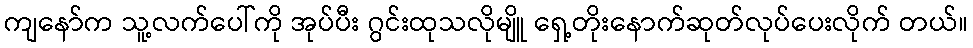
ကျနော်က သူ့လက်ပေါ်ကို အုပ်ပီး ဂွင်းထုသလိုမျိူ ရှေ့တိုးနောက်ဆုတ်လုပ်ပေးလိုက် တယ်။